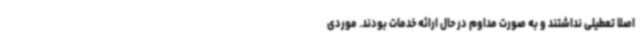
اصلا تعطیلی نداشتند و به صورت مداوم در حال ارائه خدمات بودند. موردی